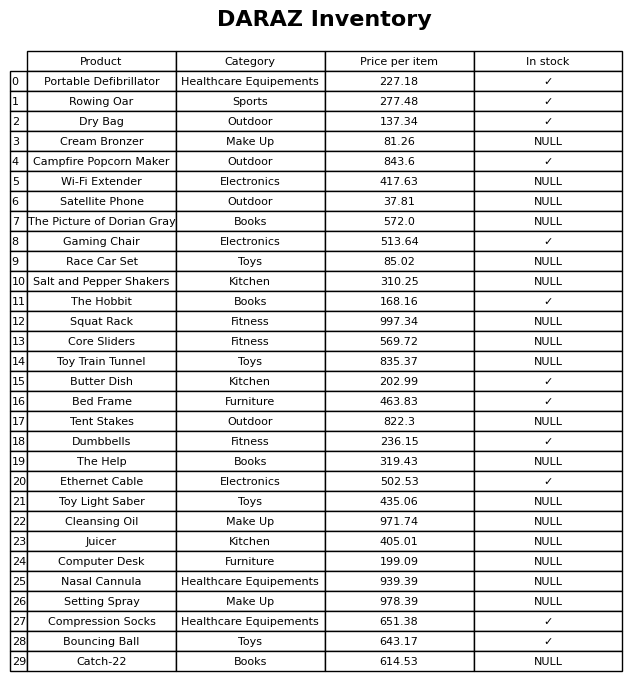
question: What is the price for Catch-22?
answer: The price of Catch-22 is 614.53.